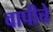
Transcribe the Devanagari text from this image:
वापीचे